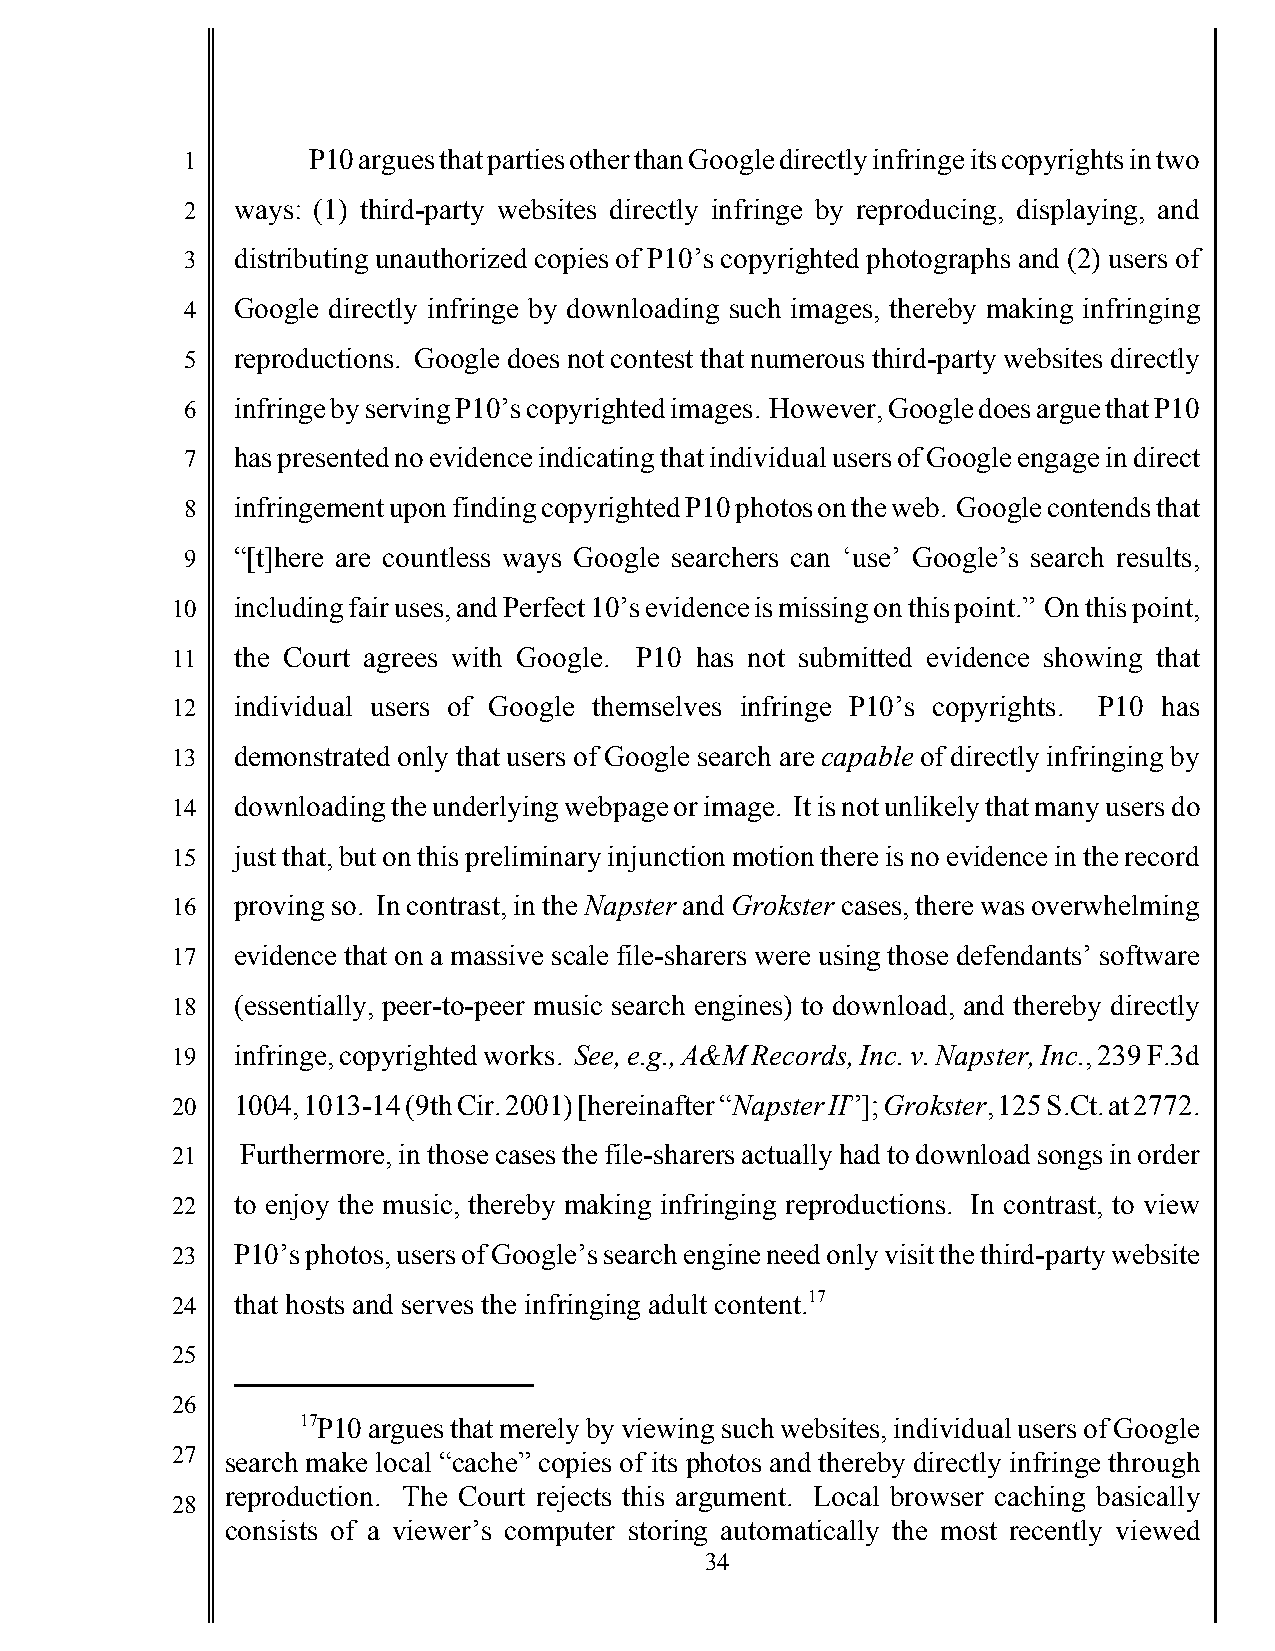
1       P10 argues that parties other than Google directly infringe its copyrights in two
 2   ways: (1) third-party websites directly infringe by reproducing, displaying, and
 3   distributing unauthorized copies of P10’s copyrighted photographs and (2) users of
 4   Google directly infringe by downloading such images, thereby making infringing
 5   reproductions. Google does not contest that numerous third-party websites directly
 6   infringe by serving P10’s copyrighted images. However, Google does argue that P10
 7   has presented no evidence indicating that individual users of Google engage in direct
 8   infringement upon finding copyrighted P10 photos on the web. Google contends that
 9   “[t]here are countless ways Google searchers can ‘use’ Google’s search results,
 10   including fair uses, and Perfect 10’s evidence is missing on this point.” On this point,
 11   the Court agrees with Google. P10 has not submitted evidence showing that
 12   individual users of Google themselves infringe P10’s copyrights. P10 has
 13   demonstrated only that users of Google search are capable of directly infringing by
 14   downloading the underlying webpage or image. It is not unlikely that many users do
 15   just that, but on this preliminary injunction motion there is no evidence in the record
 16   proving so. In contrast, in the Napster and Grokster cases, there was overwhelming
 17   evidence that on a massive scale file-sharers were using those defendants’ software
 18   (essentially, peer-to-peer music search engines) to download, and thereby directly
 19   infringe, copyrighted works. See, e.g., A&M Records, Inc. v. Napster, Inc., 239 F.3d
 20   1004, 1013-14 (9th Cir. 2001) [hereinafter “Napster II”]; Grokster, 125 S.Ct. at 2772.
 21   Furthermore, in those cases the file-sharers actually had to download songs in order
 22   to enjoy the music, thereby making infringing reproductions. In contrast, to view
 23   P10’s photos, users of Google’s search engine need only visit the third-party website
 24   that hosts and serves the infringing adult content.17
 25
 26
 17P10 argues that merely by viewing such websites, individual users of Google
 27  search make local “cache” copies of its photos and thereby directly infringe through
 reproduction. The Court rejects this argument. Local browser caching basically
 28
 consists of a viewer’s computer storing automatically the most recently viewed
 34